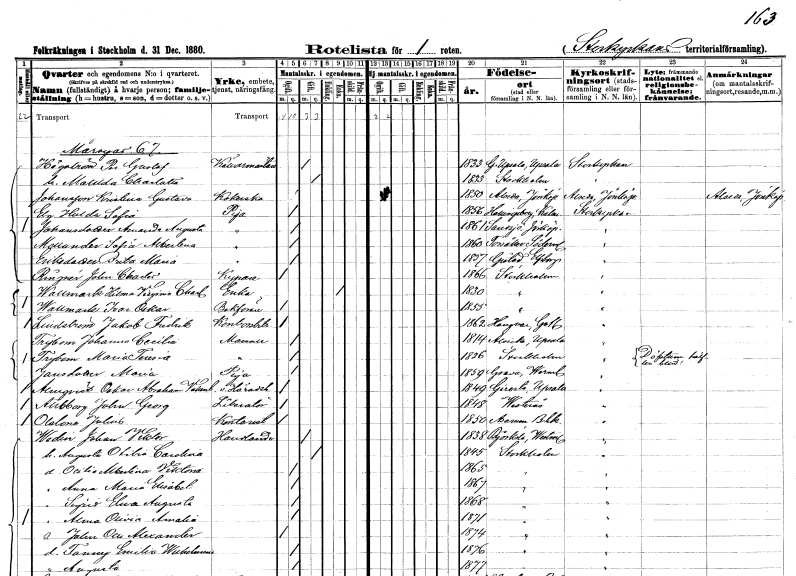
gt_parse: households: individuals: FN: Per Gustaf
EN: Högström
YRKE: Källarmästare
KON: M
CIV: G
FODAR: 1833
FODFORS: Gamla Uppsala Uppsala län
FN: Matilda Charlotta
KON: K
CIV: G
FODAR: 1833
FODFORS: Stockholm
FN: Kristina Gustava
EN: Johansson
YRKE: Kokerska
KON: K
CIV: O
FODAR: 1850
FODFORS: Alseda Jönköpings län
FN: Hulda Sofia
EN: Elg
YRKE: Piga
KON: K
CIV: O
FODAR: 1856
FODFORS: Hallingeberg Kalmar län
FN: Amanda Augusta
EN: Johansdotter
YRKE: Piga
KON: K
CIV: O
FODAR: 1861
FODFORS: Sandsjö Jönköpings län
FN: Sofia Albertina
EN: Mollander
YRKE: Piga
KON: K
CIV: O
FODAR: 1860
FODFORS: Torsåker Södermanlands län
FN: Brita Maria
EN: Eriksdotter
YRKE: Piga
KON: K
CIV: O
FODAR: 1857
FODFORS: Gestad Älvsborgs län
FN: John Charles
EN: Ringnér
YRKE: Kypare
KON: M
CIV: O
FODAR: 1866
FODFORS: Stockholm
FN: Hilma Virginia Charlotta
EN: Wallmark
YRKE: Änka
KON: K
CIV: E
FODAR: 1830
FODFORS: Stockholm
FN: Ivar Oskar
EN: Wallmark
YRKE: Bokförare
KON: M
CIV: O
FODAR: 1855
FODFORS: Stockholm
FN: Jakob Fredrik
EN: Lindström
YRKE: Kontorsbiträde
KON: M
CIV: O
FODAR: 1862
FODFORS: Hangvar Gotlands län
FN: Johanna Cecilia
EN: Trybom
KON: K
CIV: O
FODAR: 1814
FODFORS: Alsike Uppsala län
FN: Maria Teresia
EN: Trybom
KON: K
CIV: O
FODAR: 1826
FODFORS: Stockholm
FN: Maria
EN: Jansdotter
YRKE: Piga
KON: K
CIV: O
FODAR: 1859
FODFORS: Grava Värmlands län
FN: Oskar Abraham Vallentin
EN: Almqvist
YRKE: Häradshövding vice
KON: M
CIV: O
FODAR: 1849
FODFORS: Giresta Uppsala län
FN: John Georg
EN: Allbborg
YRKE: Litteratör
KON: M
CIV: O
FODAR: 1848
FODFORS: Västerås Västmanlands län
FN: Julius
EN: Olslona
YRKE: Kontorist
KON: M
CIV: O
FODAR: 1850
FODFORS: Asarum Blekinge län
FN: Johan Viktor
EN: Wedin
YRKE: Handlande
KON: M
CIV: G
FODAR: 1838
FODFORS: Björksta Västmanlands län
FN: Augusta Otilia Carolina
KON: K
CIV: G
FODAR: 1845
FODFORS: Stockholm
FN: Otilia Albertina Viktoria
KON: K
CIV: O
FODAR: 1865
FODFORS: Stockholm
FN: Anna Maria Elisabet
KON: K
CIV: O
FODAR: 1867
FODFORS: Stockholm
FN: Sigrid Elna Augusta
KON: K
CIV: O
FODAR: 1868
FODFORS: Stockholm
FN: Alma Olivia Amalia
KON: K
CIV: O
FODAR: 1871
FODFORS: Stockholm